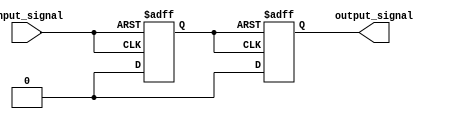
module schmitt_trigger_buffer (
    input wire input_signal,
    output reg output_signal
);

reg internal_signal;

always @ (posedge input_signal or negedge input_signal)
    if (input_signal)
        internal_signal <= 1;
    else
        internal_signal <= 0;

always @ (posedge internal_signal or negedge internal_signal)
    if (internal_signal)
        output_signal <= 1;
    else
        output_signal <= 0;

endmodule